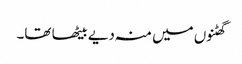
گھٹنوں میں منہ دیے بیٹھا تھا۔